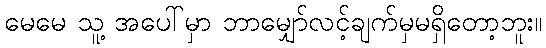
မေမေ သူ့ အပေါ်မှာ ဘာမျှော်လင့်ချက်မှမရှိတော့ဘူး။